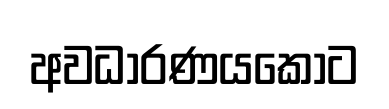
අවධාරණයකොට